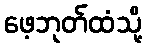
ဖေ့ဘုတ်ထံသို့